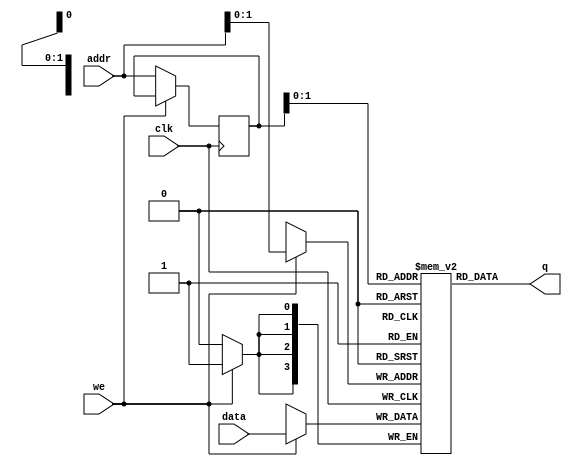
`timescale 1ns / 1ps
//////////////////////////////////////////////////////////////////////////////////
// infers a block of RAM storage in the form of an array.
// the RAM is single ended, so cannot be read and written at the same time
//////////////////////////////////////////////////////////////////////////////////


module block_ram(
    input [3:0] data,
    input [3:0] addr,
    input we, clk,
    output [3:0] q
    );
    
    //declare RAM variable
    reg [3:0] ram [3:0];
    
    //declare register to store address
    reg [3:0] addr_reg;
    
    always @ (posedge clk)
    begin
        if (we)
        begin
            //write data
            ram[addr] <= data;
        end
        else
            //read data
            addr_reg <= addr;       
    end
    //update output
    assign q = ram[addr_reg];
endmodule